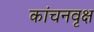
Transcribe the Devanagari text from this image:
कांचनवृक्ष